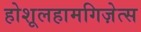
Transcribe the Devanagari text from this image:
होशूलहामगिज़ेत्स